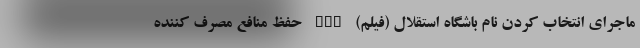
ماجرای انتخاب کردن نام باشگاه استقلال (فیلم) nan حفظ منافع مصرف کننده